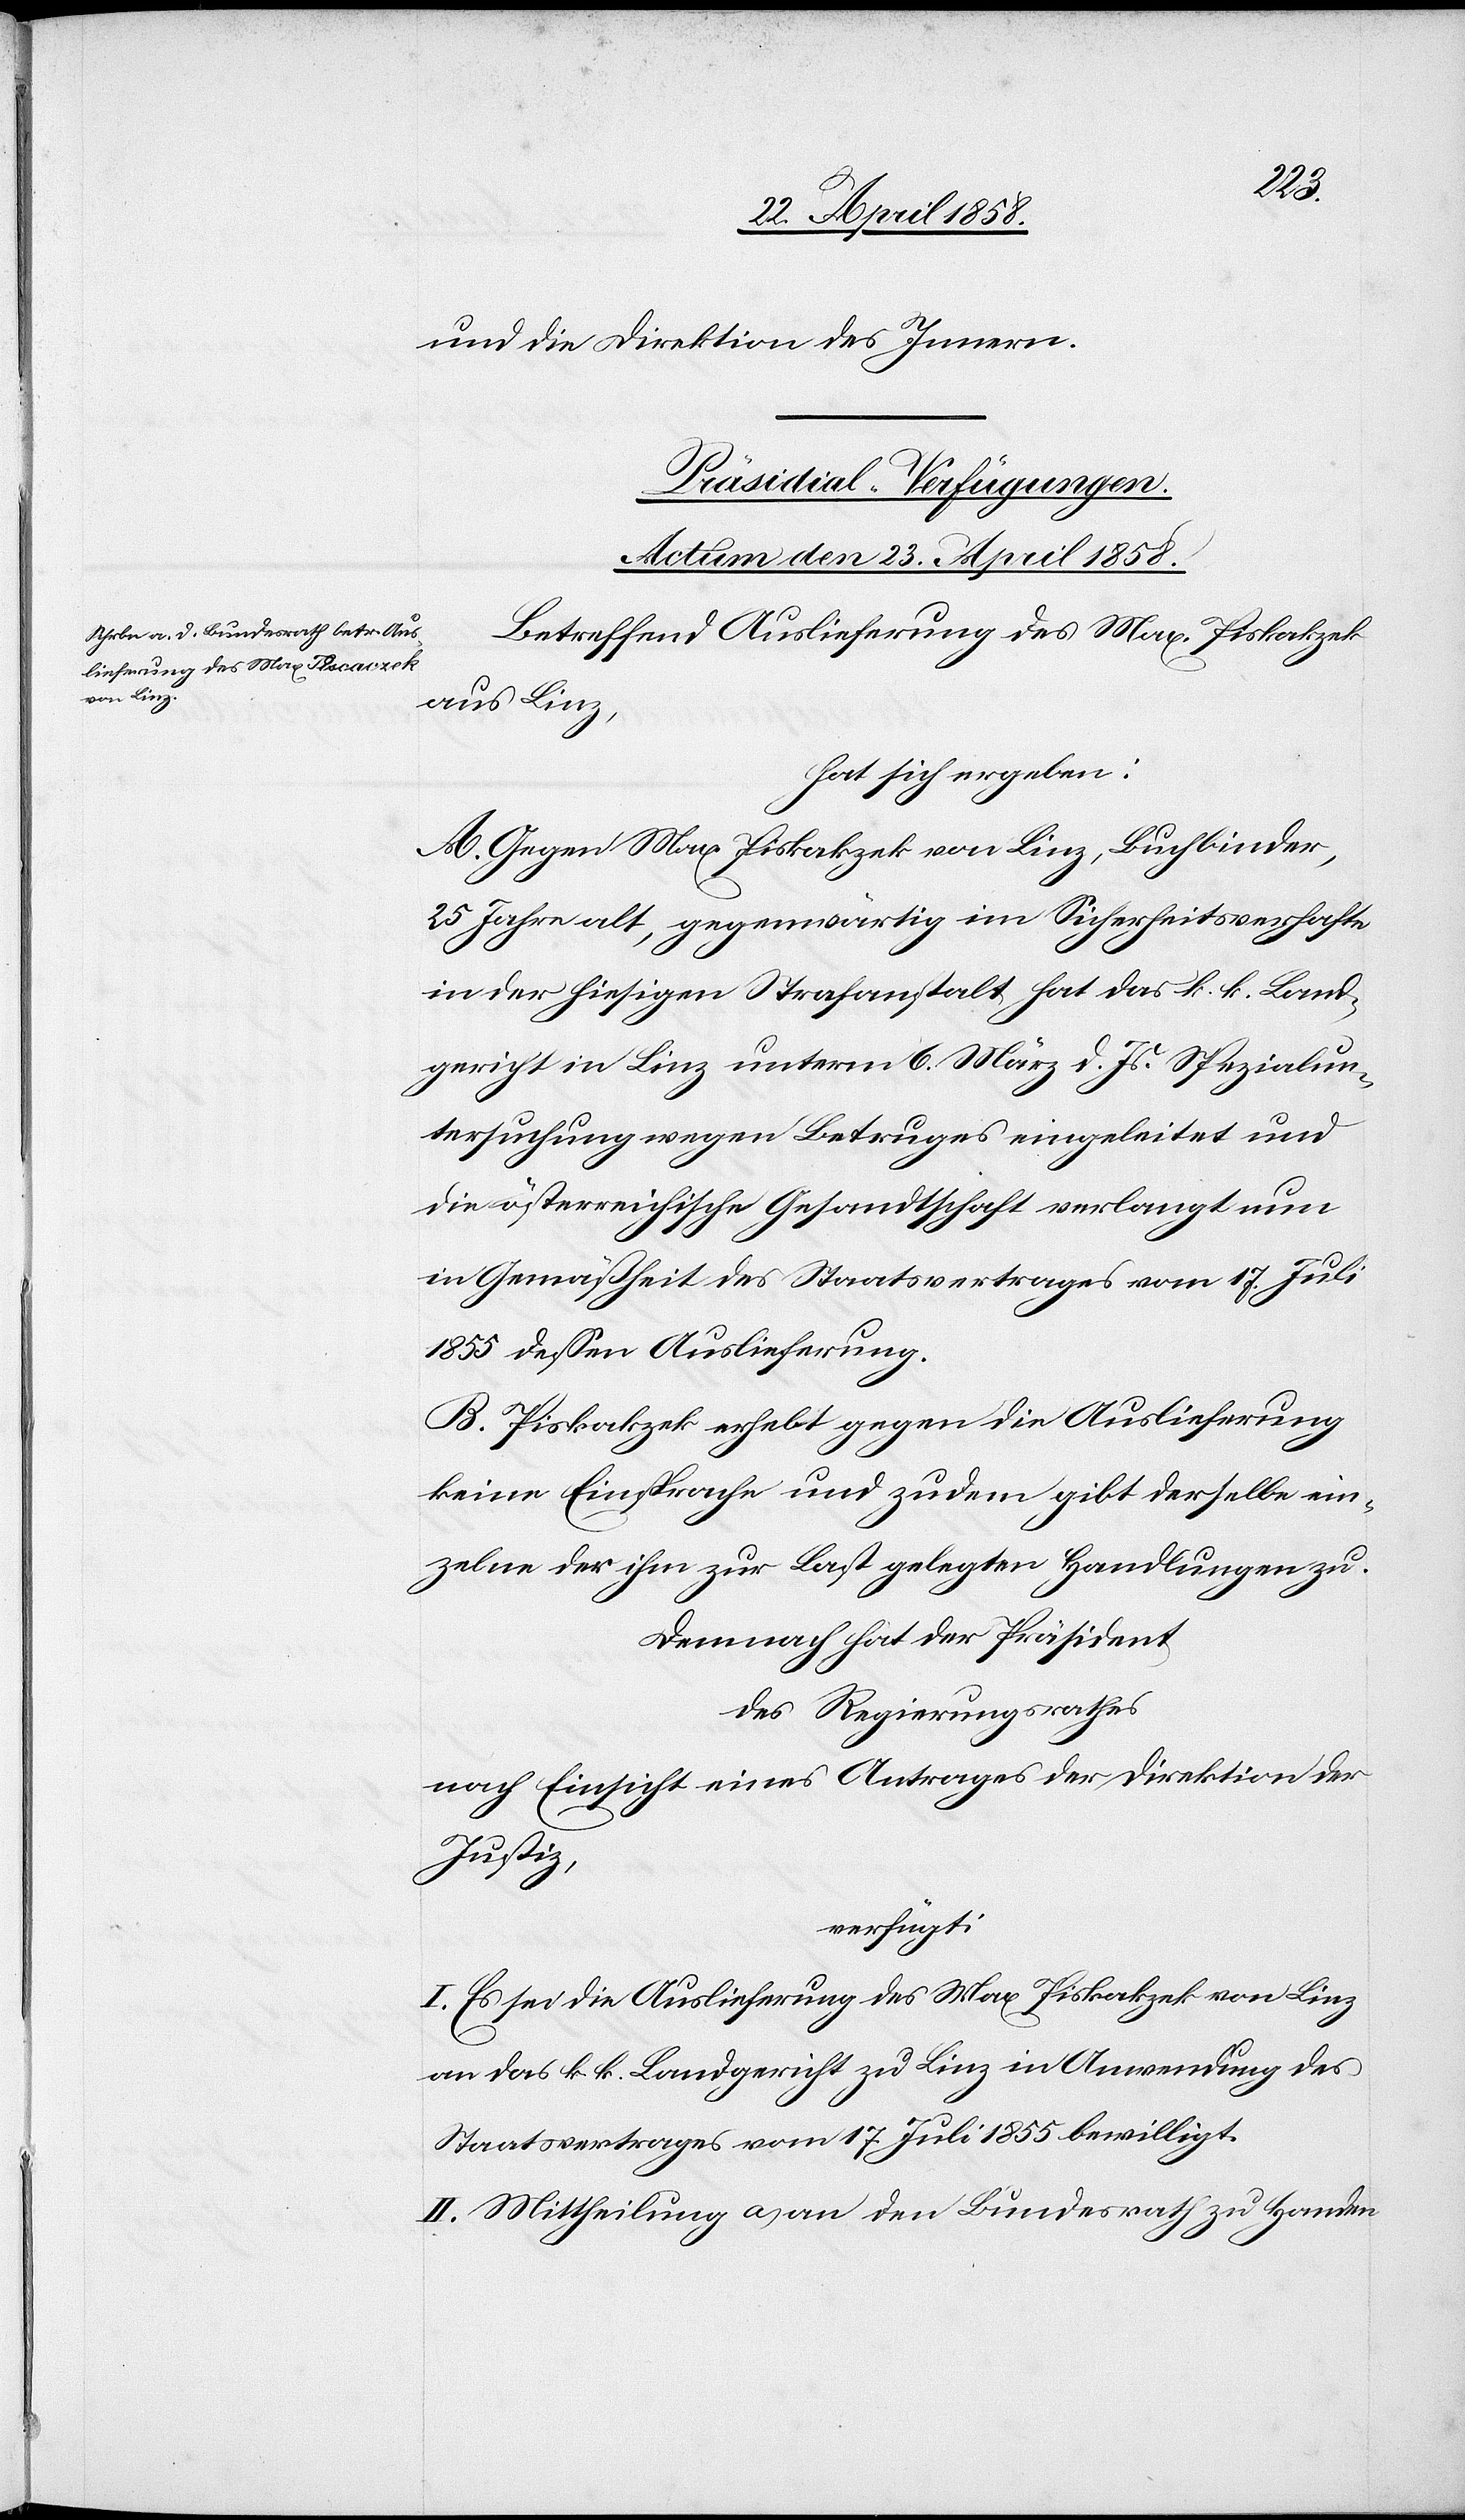
und die Direktion des Innern.
Präsidial-Verfügungen.
Actum den 23. April 1858.
Betreffend Auslieferung des Max Piskakzek
aus Linz,
hat sich ergeben:
A. Gegen Max Piskakzek von Linz, Buchbinder,
25 Jahre alt, gegenwärtig im Sicherheitsverhafte
in der hiesigen Strafanstalt hat das k. k. Land¬
gericht in Linz unterm 6. März d. Js. Spezialun¬
tersuchung wegen Betruges eingeleitet und
die österreichische Gesandtschaft verlangt nun
in Gemäßheit des Staatsvertrages vom 17. Juli
1855 dessen Auslieferung.
B. Piskakzek erhebt gegen die Auslieferung
keine Einsprache und zudem gibt derselbe ein¬
zelne der ihm zur Last gelegten Handlungen zu.
Demnach hat der Präsident
des Regierungsrathes
nach Einsicht eines Antrages der Direktion der
Justiz,
verfügt:
I. Es sei die Auslieferung des Max Piskakzek von Linz
an das k. k. Landgericht zu Linz in Anwendung des
Staatsvertrages vom 17. Juli 1855 bewilligt.
II. Mittheilung a) an den Bundesrath zu Handen